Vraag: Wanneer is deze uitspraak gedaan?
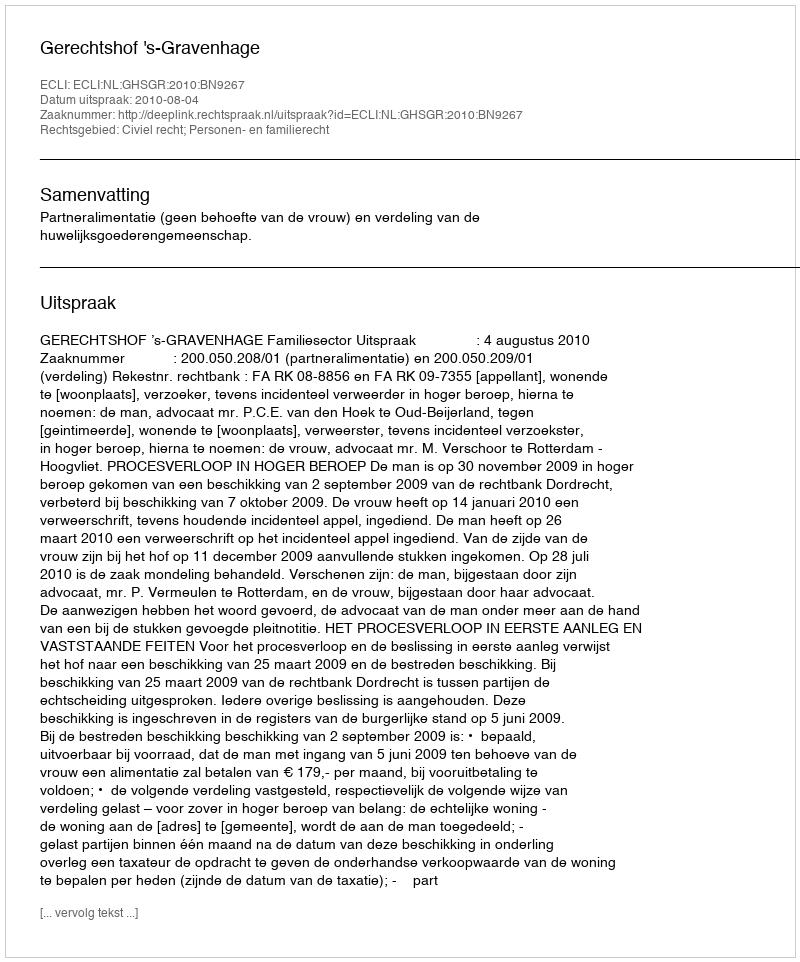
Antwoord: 2010-08-04